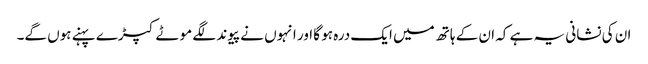
ان کی نشانی یہ ہے کہ ان کے ہاتھ میں ایک درہ ہو گا اور انہوں نے پیوند لگے موٹے کپڑے پہنے ہوں گے۔